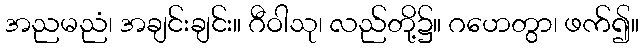
အညမညံ၊ အချင်းချင်း။ ဂီဝါသု၊ လည်တို့၌။ ဂဟေတွာ၊ ဖက်၍။